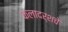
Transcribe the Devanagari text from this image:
कलादर्शचे